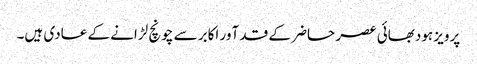
پرویز ہودبھائی عصر حاضر کے قد آور اکابر سے چونچ لڑانے کے عادی ہیں۔